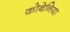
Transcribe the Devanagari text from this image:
कोबेनिया